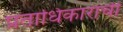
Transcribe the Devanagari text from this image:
प्रताधिकारांची